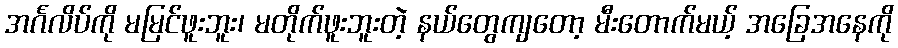
အင်္ဂလိပ်ကို မမြင်ဖူးဘူး၊ မတိုက်ဖူးဘူးတဲ့ နယ်တွေကျတော့ မီးတောက်မယ့် အခြေအနေကို